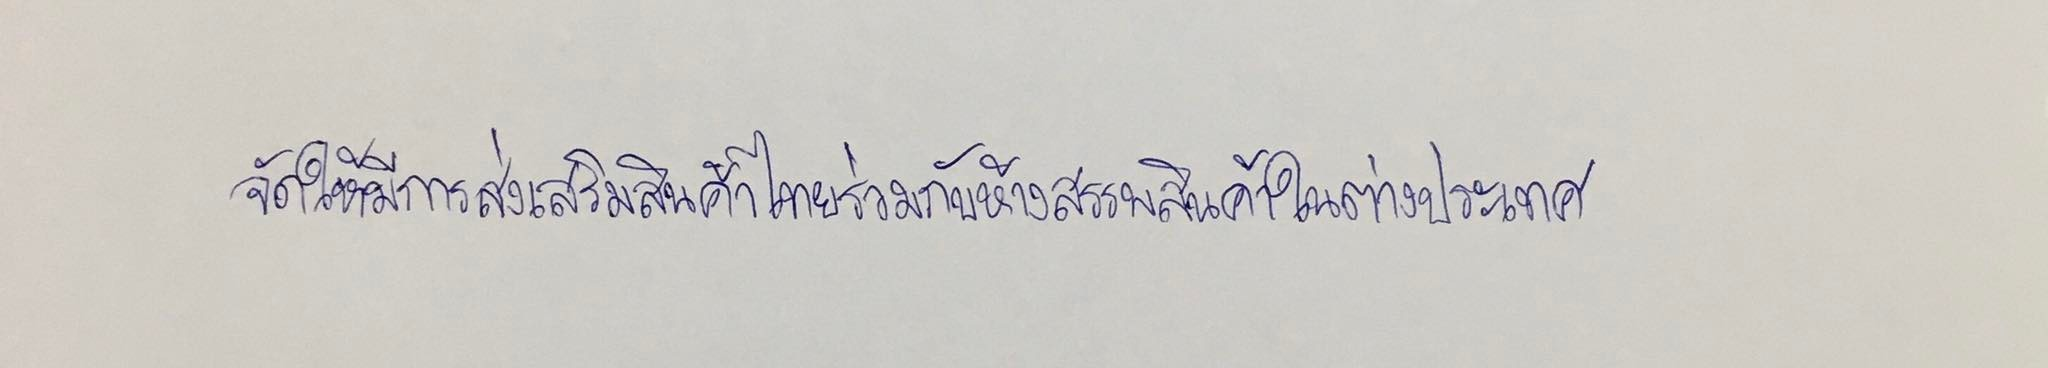
จัดให้มีการส่งเสริมสินค้าไทยร่วมกับห้างสรรพสินค้าในต่างประเทศ